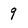
Character: 9